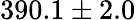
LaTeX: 390.1\pm 2.0